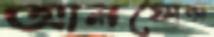
আলফোন্স